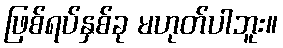
ဖြစ်ရပ်နှစ်ခု မဟုတ်ပါဘူး။